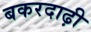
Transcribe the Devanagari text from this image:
बकरदाढ़ी